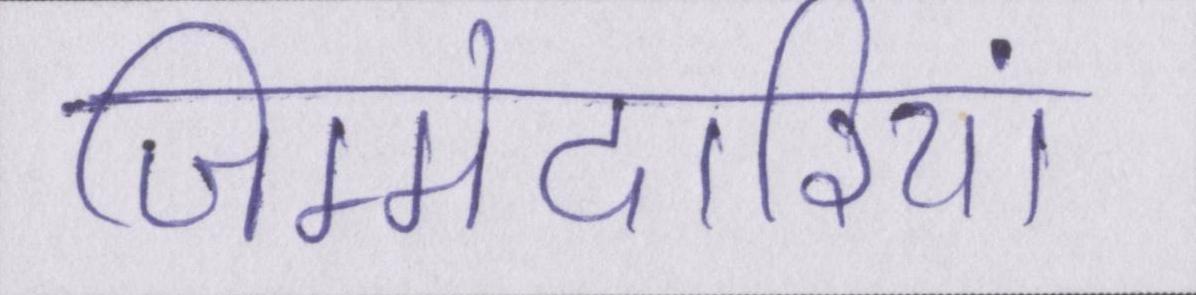
जिम्मेदारियां